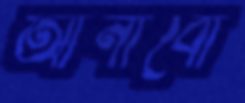
আনাবো